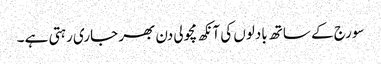
سورج کے ساتھ بادلوں کی آنکھ مچولی دن بھر جاری رہتی ہے ۔